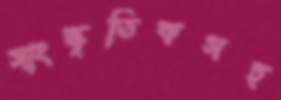
সাংস্কৃতিকসহ